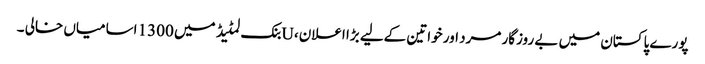
پورے پاکستان میں بے روزگار مرد اور خواتین کےلیے بڑا اعلان، Uبنک لمٹیڈ میں 1300 اسامیاں خالی ۔